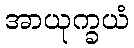
အာယုက္ခယံ